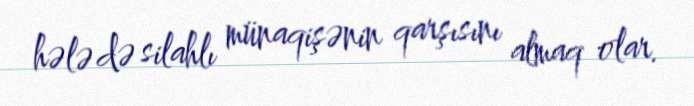
hələ də silahlı münaqişənin qarşısını almaq olar.